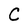
Character: C